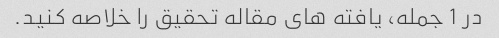
در 1 جمله، یافته های مقاله تحقیق را خلاصه کنید.